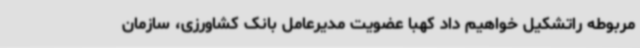
مربوطه راتشکیل خواهیم داد کهبا عضویت مدیرعامل بانک کشاورزی، سازمان